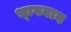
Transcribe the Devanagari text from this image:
भ्‍ागवान